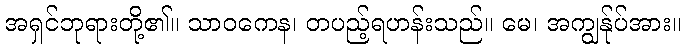
အရှင်ဘုရားတို့၏။ သာဝကေန၊ တပည့်ရဟန်းသည်။ မေ၊ အကျွန်ုပ်အား။